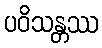
ပဝိသန္တဿ